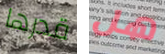
قدرها هل